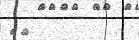
٨١